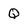
Character: Q